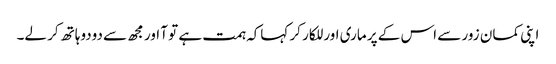
اپنی کمان زور سے اس کے پر ماری اور للکار کر کہاکہ ہمت ہے تو آ اور مجھ سے دودوہاتھ کر لے۔